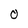
Character: 0